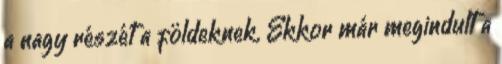
a nagy részét a földeknek. Ekkor már megindult a